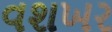
વશખર